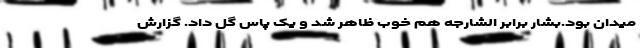
میدان بود.بشار برابر الشارجه هم خوب ظاهر شد و یک پاس گل داد. گزارش